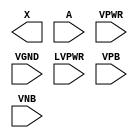
module sky130_fd_sc_hvl__lsbuflv2hv (
    X    ,
    A    ,
    VPWR ,
    VGND ,
    LVPWR,
    VPB  ,
    VNB
);

    output X    ;
    input  A    ;
    input  VPWR ;
    input  VGND ;
    input  LVPWR;
    input  VPB  ;
    input  VNB  ;
endmodule